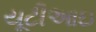
યૂટીઆઇ